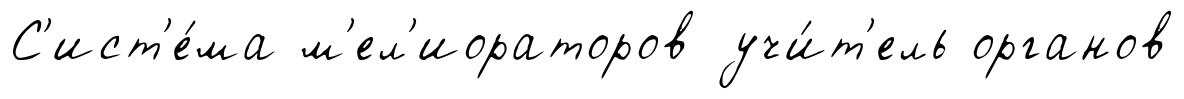
С'ист'е́ма м'ел'иораторов учи́т'ель органов